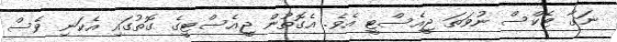
ނަގާ ޓެކްސް ނުވަތަ ޖީއެސްޓީ އެވެ. އެގޮތުން ޖީއެސްޓީގެ ގޮތުގައި އެކަނި ވެސް